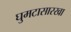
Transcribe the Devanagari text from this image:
घुमटासारखा